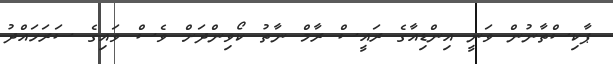
ޕާކިސްތާނުން ވަނީ އިންޑިއާގެ ރައީސް ރާމް ނާތު ކޯވިންދަށް ވެސް ވައިގެ ސަރަހައްދު